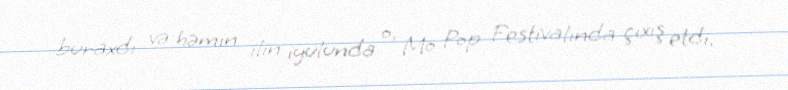
buraxdı və həmin ilin iyulunda o, Mo Pop Festivalında çıxış etdi.